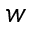
w